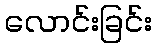
လောင်းခြင်း